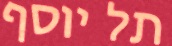
תל יוסף